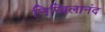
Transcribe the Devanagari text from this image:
निखिलानंद